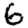
Digit: 6